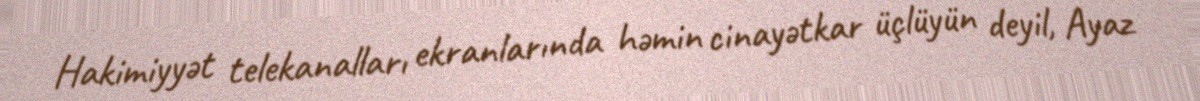
Hakimiyyət telekanalları ekranlarında həmin cinayətkar üçlüyün deyil, Ayaz